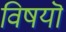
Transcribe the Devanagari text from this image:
विषयॊ